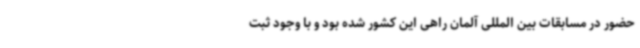
حضور در مسابقات بین المللی آلمان راهی این کشور شده بود و با وجود ثبت